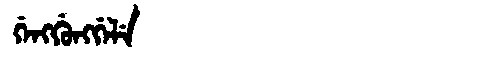
Manchu: ᡤᡝᠩᡤᡠᠩᡤᡝᠯᡝ
Romanization: GENGGUNGGELE